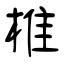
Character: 椎